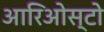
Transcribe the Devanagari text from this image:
आरिओस्टो